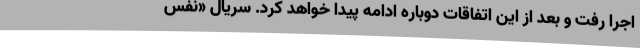
اجرا رفت و بعد از این اتفاقات دوباره ادامه پیدا خواهد کرد. سریال «نفس